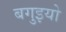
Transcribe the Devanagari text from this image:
बगुइयो